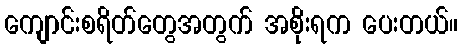
ကျောင်းစရိတ်တွေအတွက် အစိုးရက ပေးတယ်။